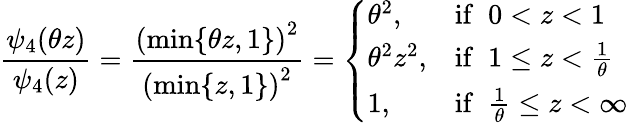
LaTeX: \frac{\psi_{4}(\theta z)}{\psi_{4}(z)}=\frac{\left(\operatorname*{min}\{ \theta z,1\} \right)^{2}}{\left(\operatorname*{min}\{ z,1\} \right)^{2}}=\left\{ \begin{array}{ll}{\theta^{2},}&{\mathrm{if~}\; 0<z<1}\\ {\theta^{2}z^{2},}&{\mathrm{if~}\; 1\leq z<\frac{1}{\theta}}\\ {1,}&{\mathrm{if~}\; \frac{1}{\theta}\leq z<\infty}\end{array}\right.